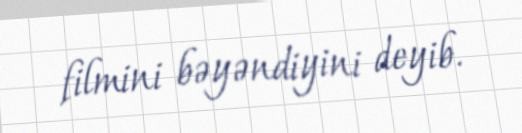
filmini bəyəndiyini deyib.